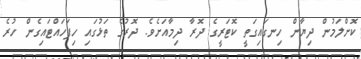
ކޮށްލަމުން ދިޔާން ހިނގައިގަތީ ކޮޓަރީގެ ދޮރާ ދިމާއަށެވެ. ދޮރުގެ ތަޅުގައި ހިފަހައްޓައިގެން ހުރެ